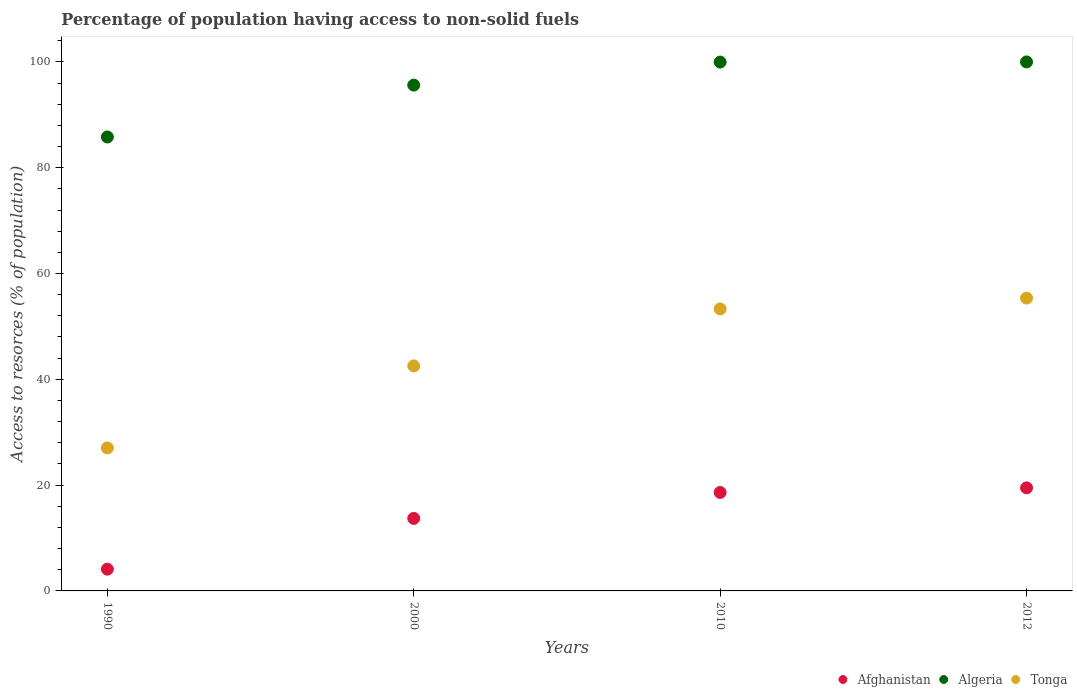
| Years | Afghanistan | Algeria | Tonga |
 | --- | --- | --- | --- |
 | 1990 | 4.11 | 85.8 | 27 |
 | 2000 | 13.7 | 95.6 | 42.5 |
 | 2010 | 18.6 | 100 | 53.3 |
 | 2012 | 19.5 | 100 | 55.4 |